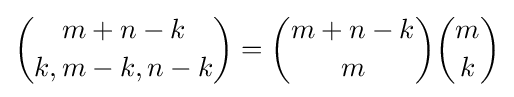
{\binom {m+n-k}{k,m-k,n-k}}={\binom {m+n-k}{m}}{\binom {m}{k}}